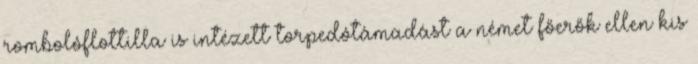
rombolóflottilla is intézett torpedótámadást a német főerők ellen kis